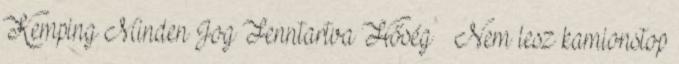
Kemping Minden Jog Fenntartva Hőség – Nem lesz kamionstop